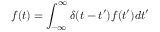
f ( t ) = \int _ { - \infty } ^ { \infty } \delta ( t - t ^ { \prime } ) f ( t ^ { \prime } ) d t ^ { \prime }